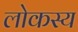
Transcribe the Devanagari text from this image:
लोकस्य